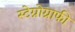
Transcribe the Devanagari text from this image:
स्टेग्नोग्राफी